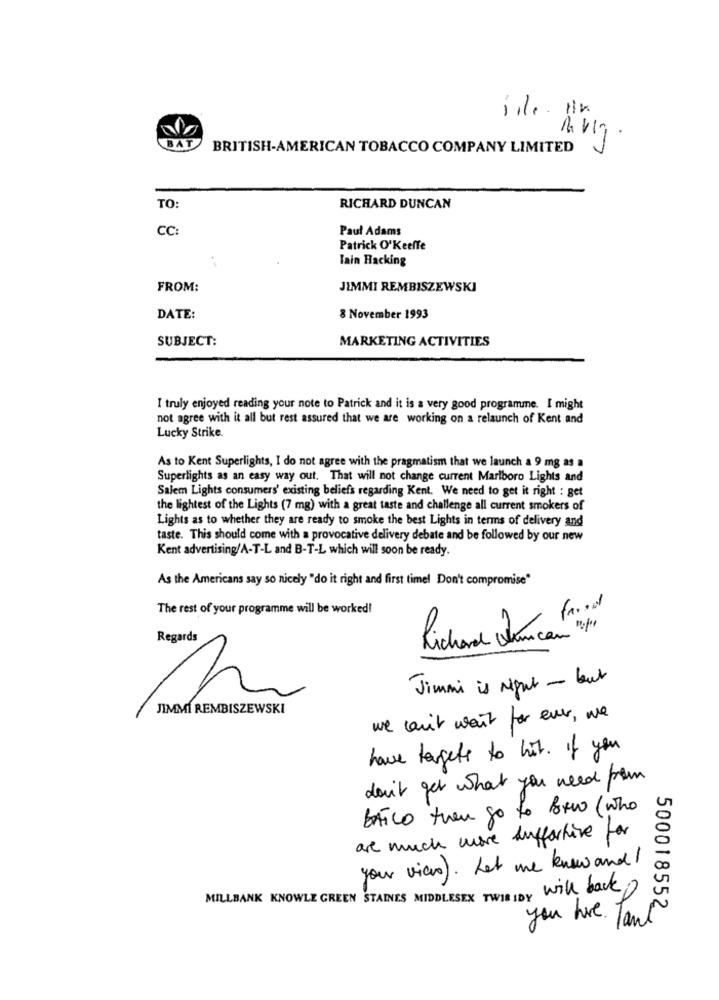
iile. HK.
- -
BAT
BRITISH-AMERICAN TOBACCO COMPANY LIMITED
TO:
RICHARD DUNCAN
CC:
Paul Adams
Patrick O'Keeffe
Iain Hacking
FROM:
JIMMI REMBISZEWSKI
DATE:
8 November 1993
SUBJECT:
MARKETING ACTIVITIES
I truly enjoyed reading your note to Patrick and it is a very good programme. I might
not agree with it all but rest assured that we are working on a relaunch of Kent and
Lucky Strike.
As to Kent Superlights, I do not agree with the pragmatism that we launch a 9 mg as a
Superlights as an easy way out. That will not change current Marlboro Lights and
Salem Lights consumers' existing beliefs regarding Kent. We need to get it right : get
the lightest of the Lights (7 mg) with a great taste and challenge all current smokers of
Lights as to whether they are ready to smoke the best Lights in terms of delivery and
taste. This should come with a provocative delivery debate and be followed by our new
Kent advertising/A-T-L and B-T-L which will soon be ready.
As the Americans say so nicely "do it right and first timel Don't compromise"
The rest of your programme will be worked!
Regards
Richard Nuncan "+"
Jimmi is right - but
JIMMI REMBISZEWSKI
we can't wait for ever, we
have targets to hit. If you
don't get what you need from
BÁTCO tuen go to Boro (who
are much more Auffortive for
your view). Let me know and !
WIR IDY will back )
MILLBANK KNOWLE GREEN STAINES MIDDLESEX TWIS IDY
you have .
lant
500018552